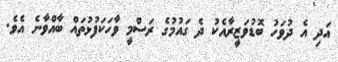
އަދި އެ ދުވަހު ބޮޑުވަޒީރާއެކު ދެ ގައުމުގެ ރަސްމީ ވާހަކަފުޅުތައް ބާއްވާނެ އެވެ.